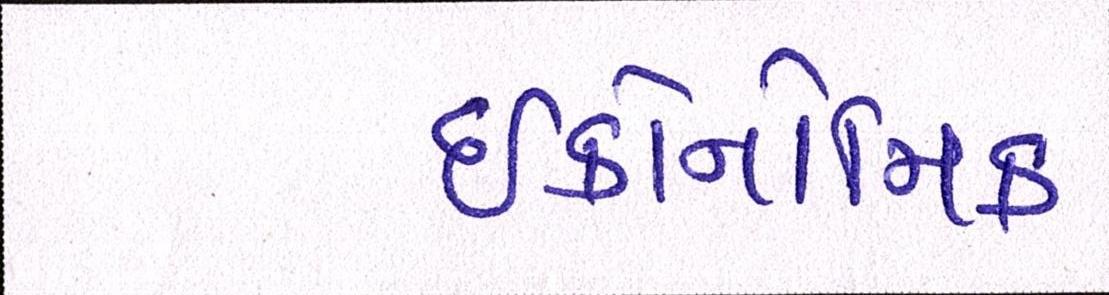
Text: ઈકોનોમિક